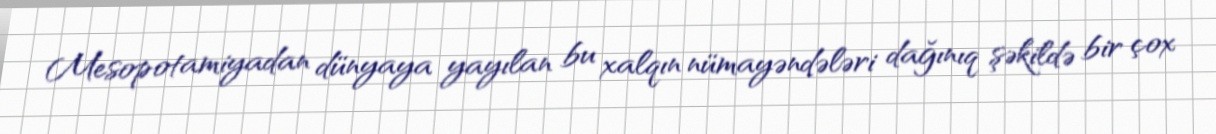
Mesopotamiyadan dünyaya yayılan bu xalqın nümayəndələri dağınıq şəkildə bir çox